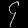
Digit: ၄